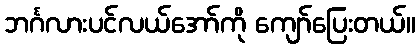
ဘင်္ဂလားပင်လယ်အော်ကို ကျော်ပြေးတယ်။